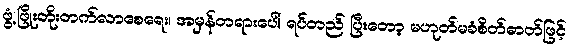
ဖွံ့ဖြိုးတိုးတက်လာစေရေး၊ အမှန်တရားပေါ် ရပ်တည် ပြီးတော့ မဟုတ်မခံစိတ်ဓာတ်ဖြင့်